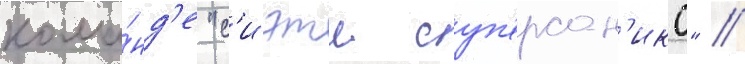
кома́нд'е "с'иэтл суп'ерсон'икс" //